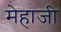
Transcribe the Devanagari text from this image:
मेहाजी